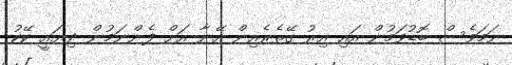
ނަމަވެސް ބޮޑުވަމުން އައި އިރު ގޭތެރެއިން އޭނާ އަށް ފެންނަމުން ދިޔައީ ކޭކު